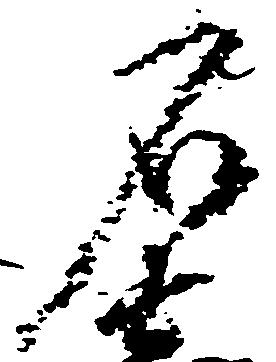
石